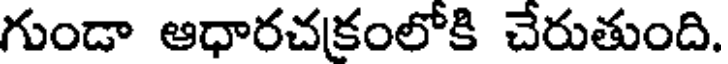
గుండా ఆధారచకంలోకి చేరుతుంది.